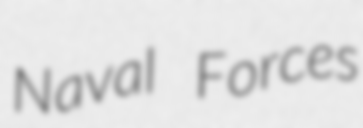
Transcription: Naval Forces